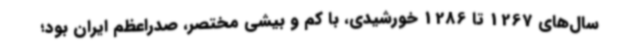
سال‌های 1267 تا 1286 خورشیدی، با کم و بیشی مختصر، صدراعظم ایران بود؛